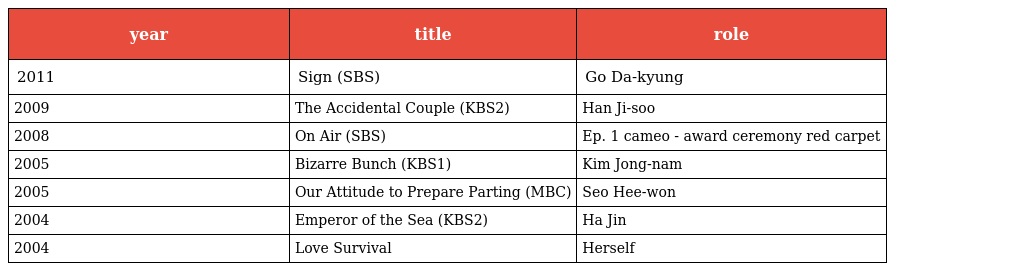
| year | title | role |
 | --- | --- | --- |
 | 2011 | Sign (SBS) | Go Da-kyung |
 | 2009 | The Accidental Couple (KBS2) | Han Ji-soo |
 | 2008 | On Air (SBS) | Ep. 1 cameo - award ceremony red carpet |
 | 2005 | Bizarre Bunch (KBS1) | Kim Jong-nam |
 | 2005 | Our Attitude to Prepare Parting (MBC) | Seo Hee-won |
 | 2004 | Emperor of the Sea (KBS2) | Ha Jin |
 | 2004 | Love Survival | Herself |